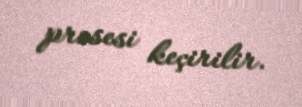
prosesi keçirilir.